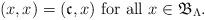
LaTeX: \begin{align*}(x,x)=(\mathfrak{c},x) \textup{ for all }x\in \mathfrak{B}_\Lambda.\end{align*}